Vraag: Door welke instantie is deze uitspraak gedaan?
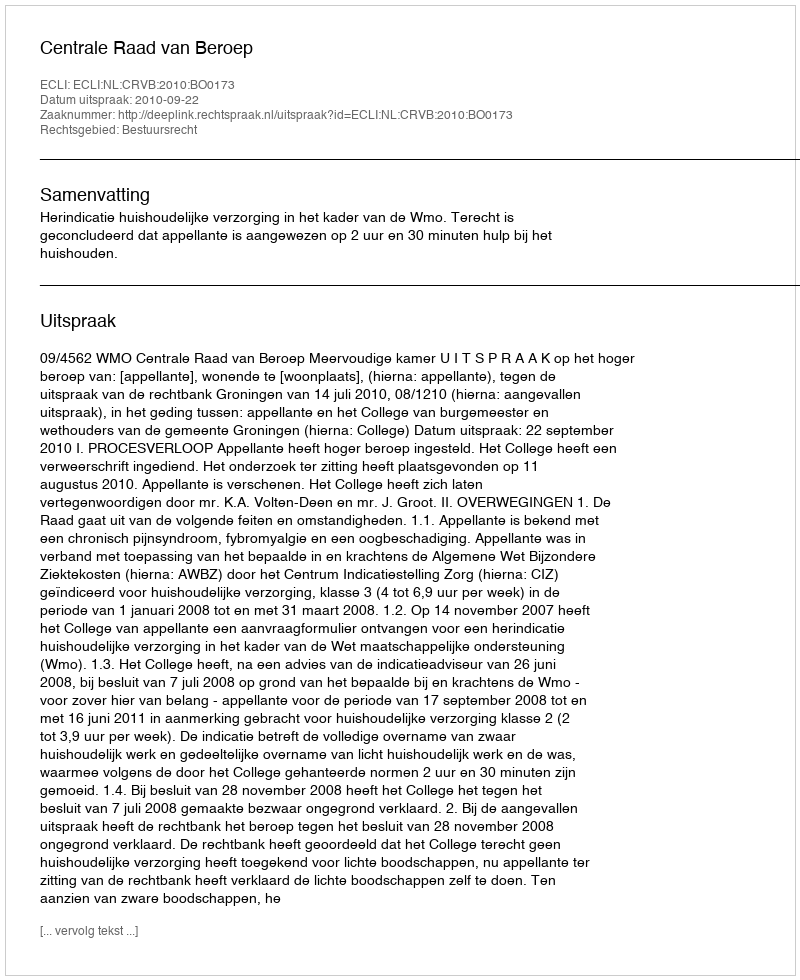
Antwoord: Centrale Raad van Beroep